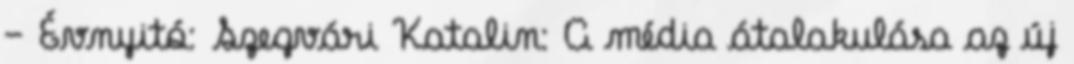
– Évnyitó: Szegvári Katalin: A média átalakulása az új